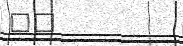
٢٦